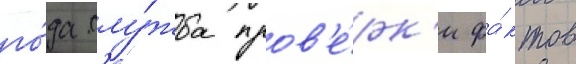
го́да слу́жба пров'е́рк'и фа́ктов